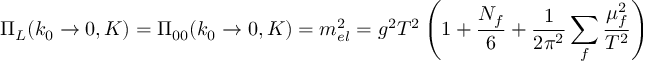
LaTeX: \Pi _ { L } ( k _ { 0 } \to 0 , K ) = \Pi _ { 0 0 } ( k _ { 0 } \to 0 , K ) = m _ { e l } ^ { 2 } = g ^ { 2 } T ^ { 2 } \left( 1 + { \frac { N _ { f } } { 6 } } + { \frac { 1 } { 2 \pi ^ { 2 } } } \sum _ { f } { \frac { \mu _ { f } ^ { 2 } } { T ^ { 2 } } } \right)